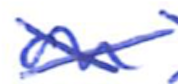
Text: on
Cross-out: cross
Writing tool: ballpoint